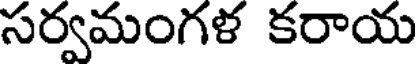
సర్వమంగళ కరాయ